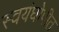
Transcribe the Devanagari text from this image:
स्वयंघोषीत